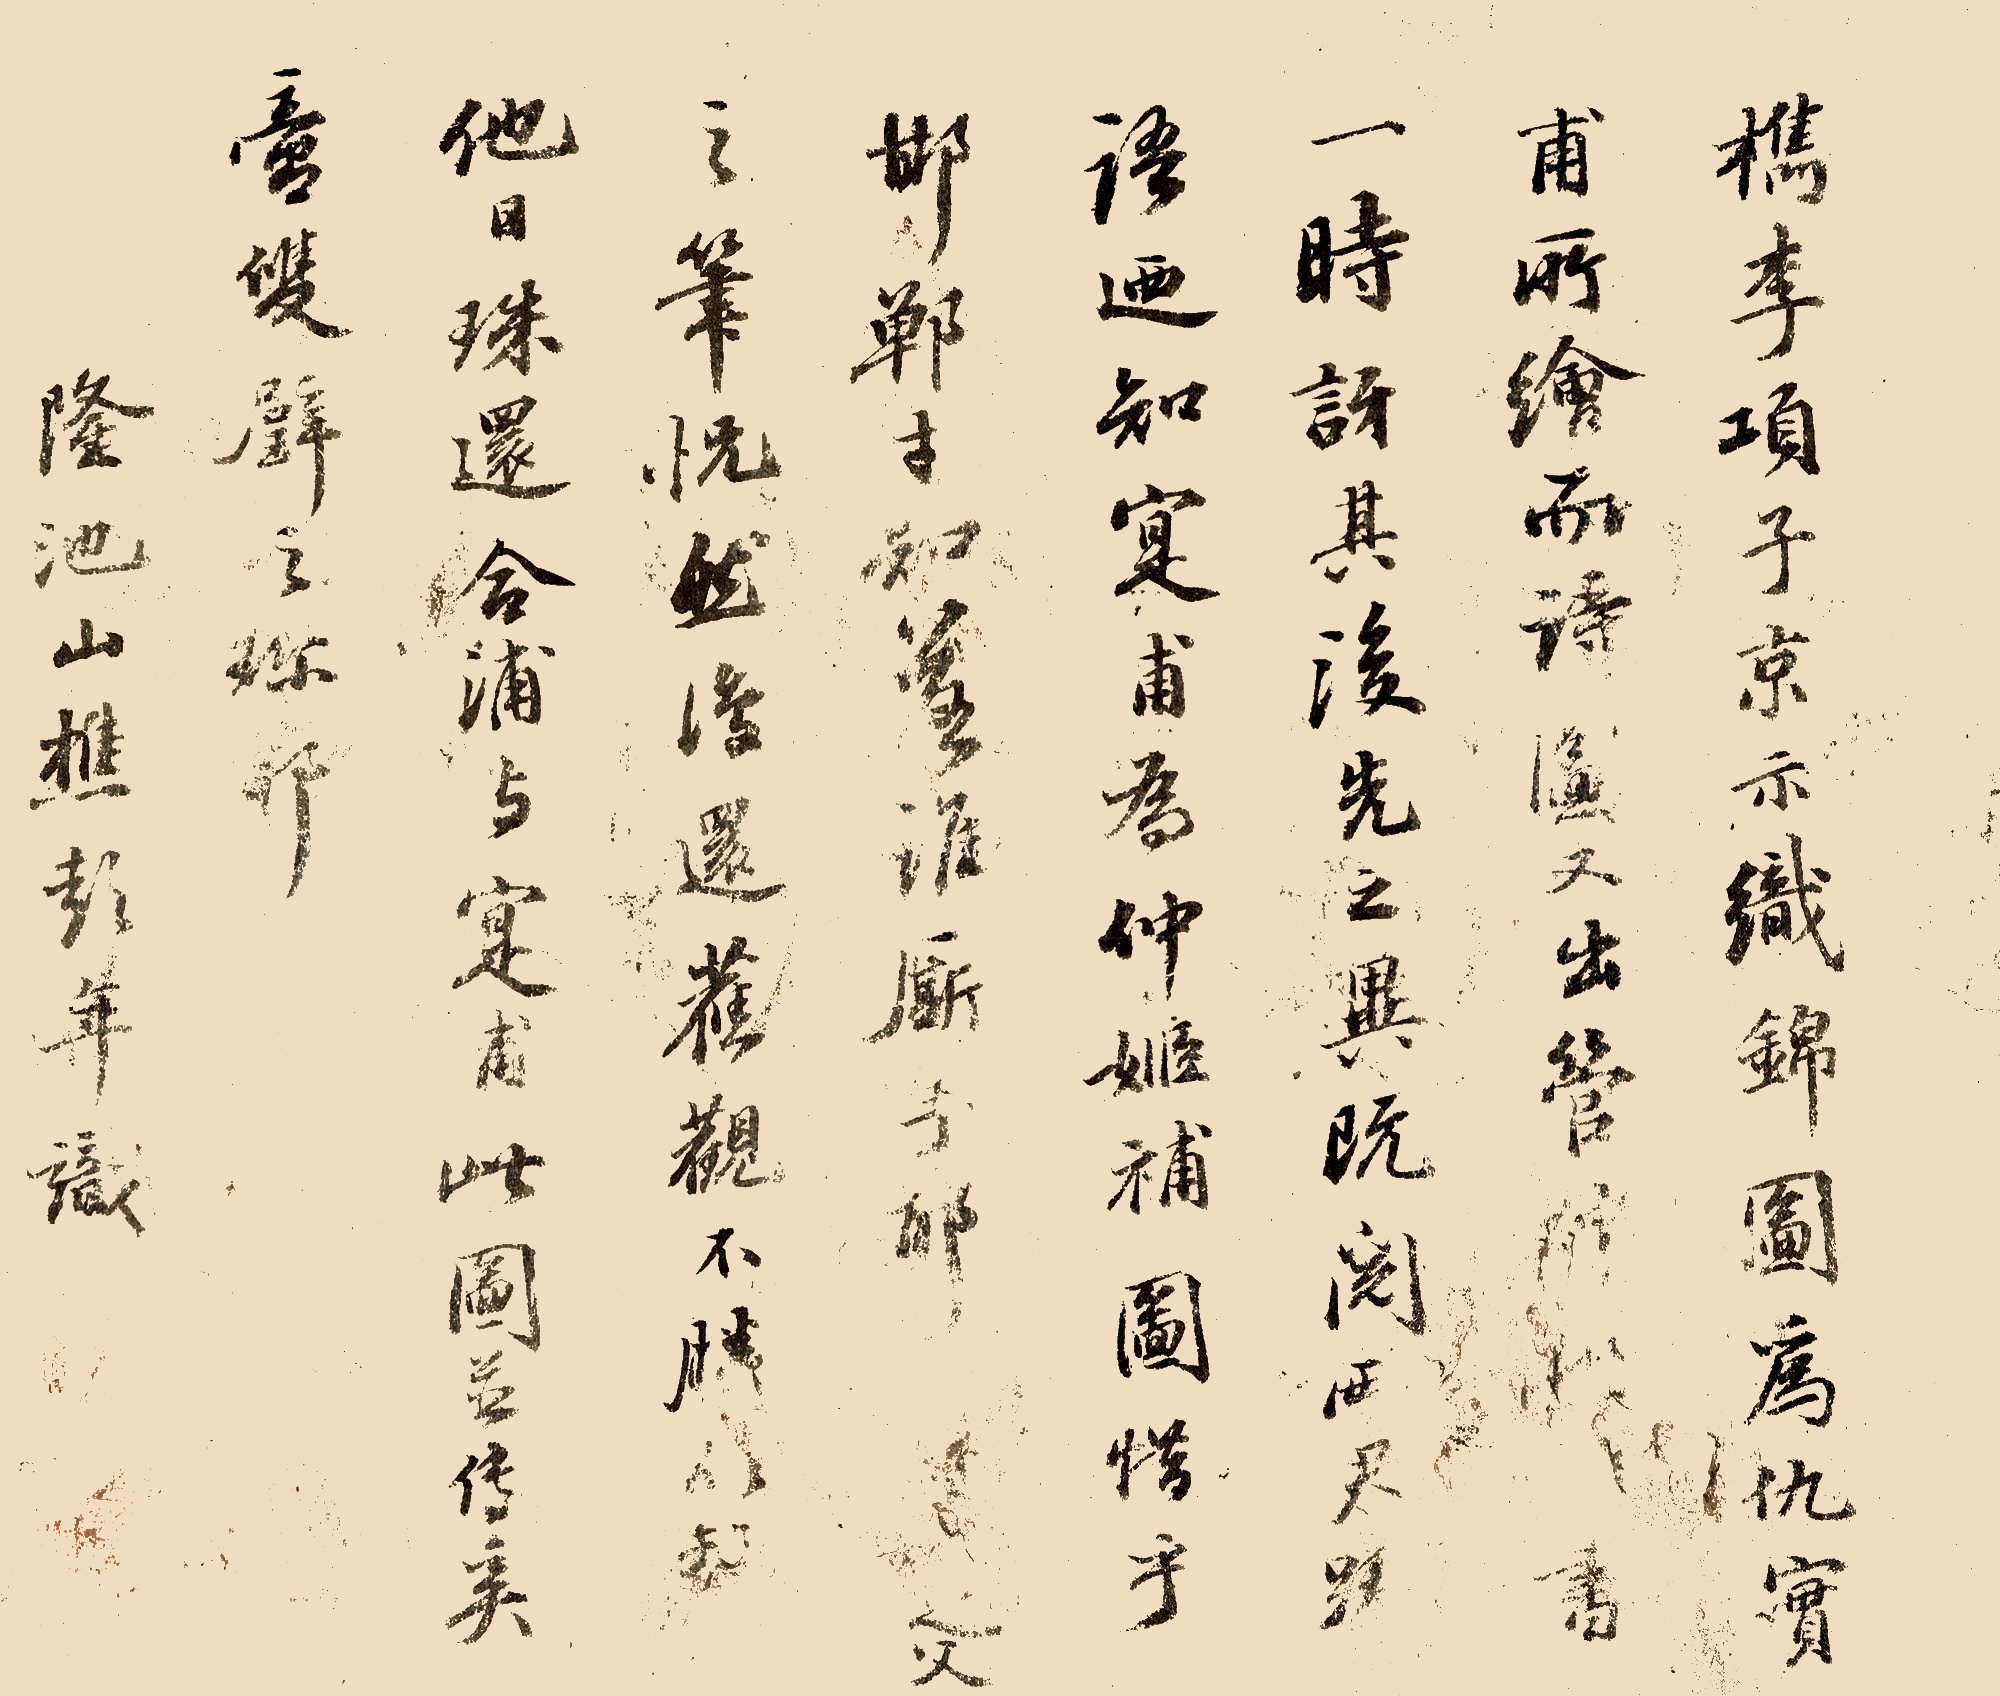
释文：檇李项子京示织锦图，为仇实甫所绘，而诗图又出管仲姬■书，一时讶其后先之异，既阅君跃语，乃知是寔甫为仲姬补图，惜乎，邯郸才知落谁厮手耶。■■之父笔，怳然复还旧观，不胜■■，他日珠还合浦，与寔甫此图并传奚啻双璧之珍耶。隆池山樵彭年识。